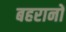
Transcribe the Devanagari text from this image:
बहरानों